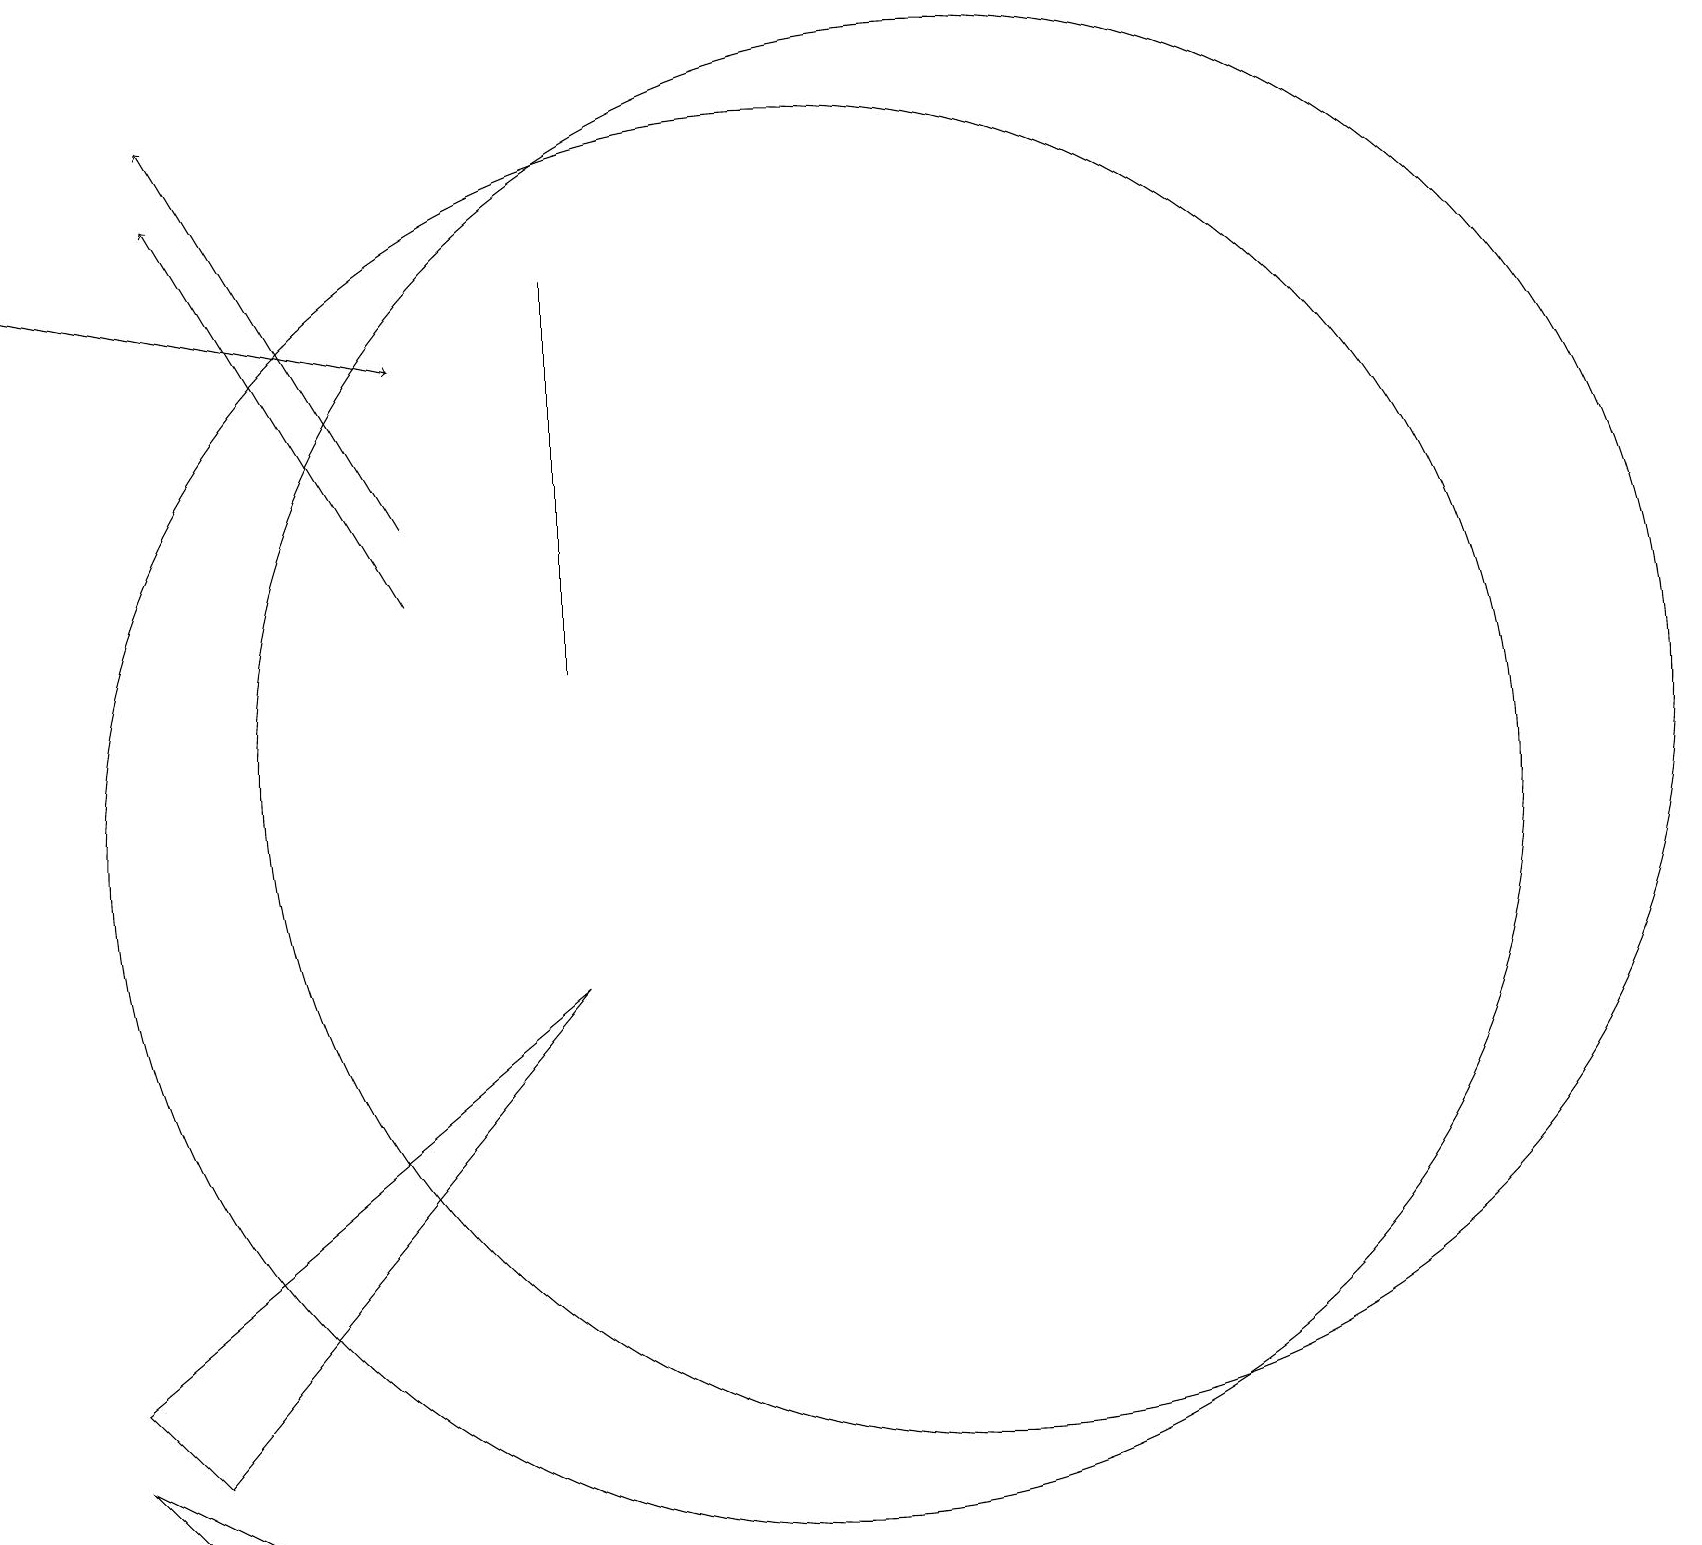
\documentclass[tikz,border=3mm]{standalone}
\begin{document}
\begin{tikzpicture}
\draw[->] (0,17) -- (5,16);
\draw (10,10) circle (9);
\draw[->] (5,14) -- (2,19);
\draw (7,12) rectangle (7,17);
\draw (2,1) -- (3,1) -- (1,2) -- cycle;
\draw (12,11) circle (9);
\draw (2,2) -- (1,3) -- (7,8) -- cycle;
\draw[->] (5,13) -- (2,18);
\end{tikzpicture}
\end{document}